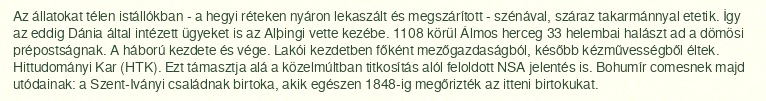
Az állatokat télen istállókban - a hegyi réteken nyáron lekaszált és megszárított - szénával, száraz takarmánnyal etetik. Így az eddig Dánia által intézett ügyeket is az Alþingi vette kezébe. 1108 körül Álmos herceg 33 helembai halászt ad a dömösi prépostságnak. A háború kezdete és vége. Lakói kezdetben főként mezőgazdaságból, később kézművességből éltek. Hittudományi Kar (HTK). Ezt támasztja alá a közelmúltban titkosítás alól feloldott NSA jelentés is. Bohumír comesnek majd utódainak: a Szent-Iványi családnak birtoka, akik egészen 1848-ig megőrizték az itteni birtokukat.